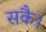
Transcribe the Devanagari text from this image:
सकै।